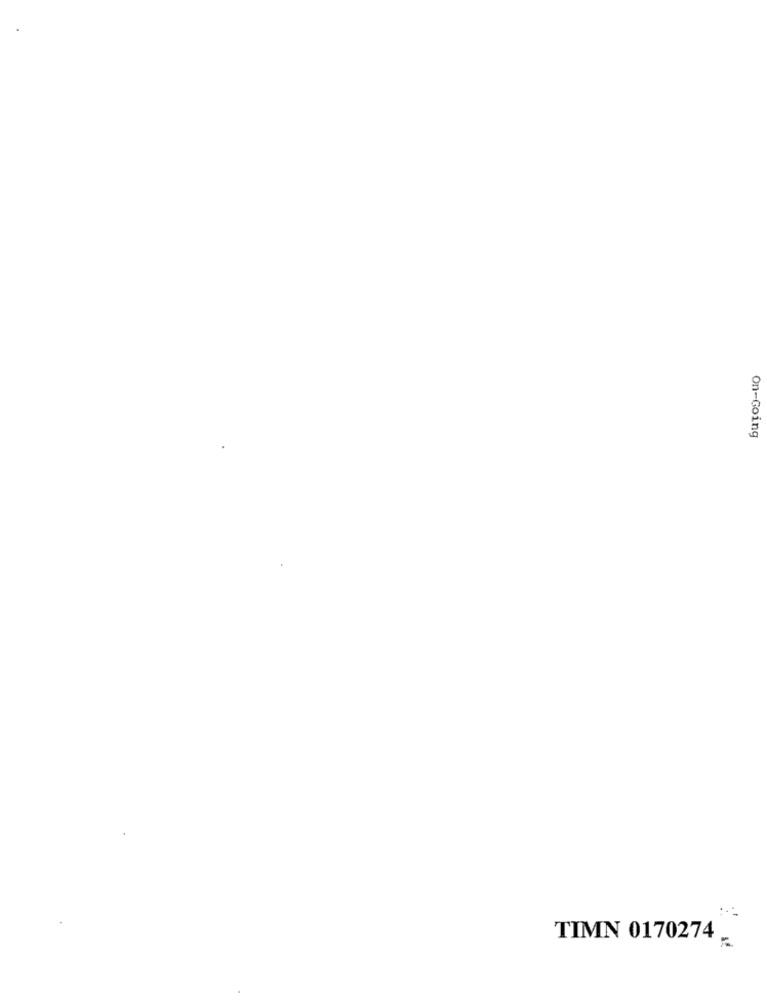
On-Going
TIMN 0170274